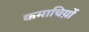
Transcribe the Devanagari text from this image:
कमाचिय़ों